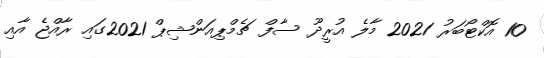
10 އޮކްޓޯބަރު 2021 މާލެ އުރީދޫ ސާފް ޗެމްޕިއަންޝިޕް 2021ގައި ރާއްޖެ އާއި